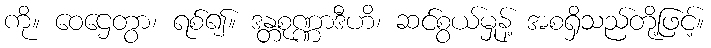
ကို။ ဝေဌေတွာ၊ ရစ်၍။ ဒန္တစုဏ္ဏာဒီဟိ၊ ဆင်စွယ်မှုန့် အစရှိသည်တို့ဖြင့်။